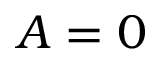
A = 0